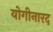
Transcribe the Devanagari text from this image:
योगीनारद